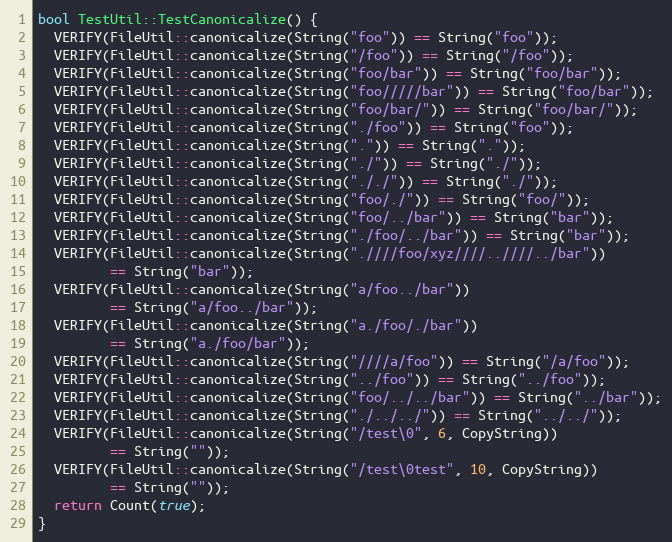
Language: C++
bool TestUtil::TestCanonicalize() {
  VERIFY(FileUtil::canonicalize(String("foo")) == String("foo"));
  VERIFY(FileUtil::canonicalize(String("/foo")) == String("/foo"));
  VERIFY(FileUtil::canonicalize(String("foo/bar")) == String("foo/bar"));
  VERIFY(FileUtil::canonicalize(String("foo/////bar")) == String("foo/bar"));
  VERIFY(FileUtil::canonicalize(String("foo/bar/")) == String("foo/bar/"));
  VERIFY(FileUtil::canonicalize(String("./foo")) == String("foo"));
  VERIFY(FileUtil::canonicalize(String(".")) == String("."));
  VERIFY(FileUtil::canonicalize(String("./")) == String("./"));
  VERIFY(FileUtil::canonicalize(String("././")) == String("./"));
  VERIFY(FileUtil::canonicalize(String("foo/./")) == String("foo/"));
  VERIFY(FileUtil::canonicalize(String("foo/../bar")) == String("bar"));
  VERIFY(FileUtil::canonicalize(String("./foo/../bar")) == String("bar"));
  VERIFY(FileUtil::canonicalize(String(".////foo/xyz////..////../bar"))
         == String("bar"));
  VERIFY(FileUtil::canonicalize(String("a/foo../bar"))
         == String("a/foo../bar"));
  VERIFY(FileUtil::canonicalize(String("a./foo/./bar"))
         == String("a./foo/bar"));
  VERIFY(FileUtil::canonicalize(String("////a/foo")) == String("/a/foo"));
  VERIFY(FileUtil::canonicalize(String("../foo")) == String("../foo"));
  VERIFY(FileUtil::canonicalize(String("foo/../../bar")) == String("../bar"));
  VERIFY(FileUtil::canonicalize(String("./../../")) == String("../../"));
  VERIFY(FileUtil::canonicalize(String("/test\0", 6, CopyString))
         == String(""));
  VERIFY(FileUtil::canonicalize(String("/test\0test", 10, CopyString))
         == String(""));
  return Count(true);
}